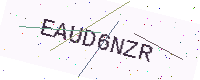
Text: EAUD6NZR